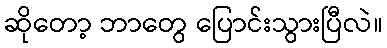
ဆိုတော့ ဘာတွေ ပြောင်းသွားပြီလဲ။